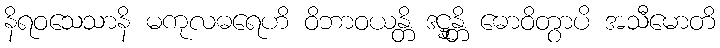
နိရဝသေသာနိ မကုလဓရေဟိ ဝိဘာဝယန္တိ ဒဋ္ဌုန္တိ ဓောဝိတွာပိ အသီမောတိ